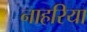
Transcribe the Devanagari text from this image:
नाहरिया